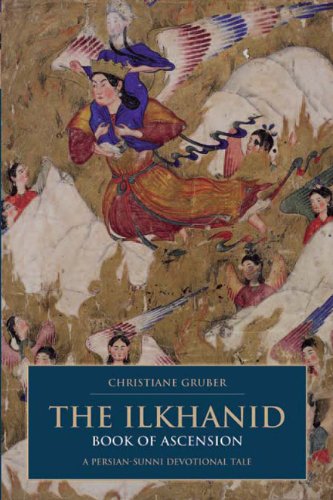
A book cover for The Ilkhanid Book of Ascension: A Persian-Sunni Devotional Tale (I. B. Tauris & Bips Persian Studies Series); Christiane Gruber; Religion & Spirituality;